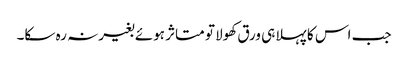
جب اس کا پہلا ہی ورق کھولا تو متاثر ہوئے بغیرنہ رہ سکا۔